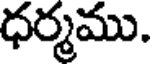
ధర్మము.